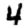
Digit: 4